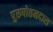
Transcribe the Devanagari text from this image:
पुरुषोतमदास